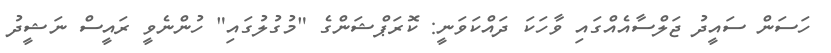
ހަސަން ސައީދު ޖަލްސާއެއްގައި ވާހަކަ ދައްކަވަނީ: ކޮރަޕްޝަންގެ "މުގުލުގައި" ހުންނެވީ ރައީސް ނަޝީދު